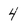
Character: 4